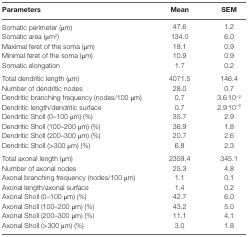
| Parameters | Mean | SEM |
 | --- | --- | --- |
 | Somatic perimeter (μm) | 47.6 | 1.2 |
 | Somatic area (μm2) | 134.0 | 6.0 |
 | Maximal feret of the soma (μm) | 18.1 | 0.9 |
 | Minimal feret of the soma (μm) | 10.9 | 0.9 |
 | Somatic elongation | 1.7 | 0.2 |
 | Total dendritic length (μm) | 4071.5 | 146.4 |
 | Number of dendritic nodes | 28.0 | 0.7 |
 | Dendritic branching frequency (nodes/100 μm) | 0.7 | 3.6.10−2 |
 | Dendritic length/dendritic surface | 0.7 | 2.9.10−6 |
 | Dendritic Sholl (0–100 μm) (%) | 35.7 | 2.9 |
 | Dendritic Sholl (100–200 μm) (%) | 36.9 | 1.8 |
 | Dendritic Sholl (200–300 μm) (%) | 20.7 | 2.6 |
 | Dendritic Sholl (>300 μm) (%) | 6.8 | 2.3 |
 | Total axonal length (μm) | 2359.4 | 345.1 |
 | Number of axonal nodes | 25.3 | 4.8 |
 | Axonal branching frequency (nodes/100 μm) | 1.1 | 0.1 |
 | Axonal length/axonal surface | 1.4 | 0.2 |
 | Axonal Sholl (0–100 μm) (%) | 42.7 | 6.0 |
 | Axonal Sholl (100–200 μm) (%) | 43.2 | 5.0 |
 | Axonal Sholl (200–300 μm) (%) | 11.1 | 4.1 |
 | Axonal Sholl (>300 μm) (%) | 3.0 | 1.8 |